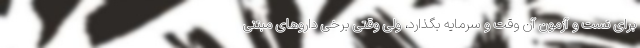
برای تست و آزمون آن وقت و سرمایه بگذارد، ولی وقتی برخی داروهای مبتنی